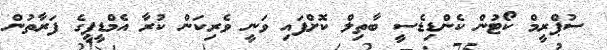
ސުޕްރީމް ކޯޓުން ކެންޑިޑެސީ ބާތިލް ކޮށްފައި ވަނީ ވެރިކަން ކުރާ އެމްޑީޕީގެ ފަރާތުން